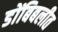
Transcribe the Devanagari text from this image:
डोंबिबलीत